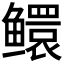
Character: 𬶵